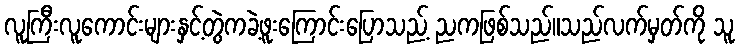
လူကြီးလူကောင်းများနှင့်တွဲကခဲ့ဖူးကြောင်းပြောသည့် ညကဖြစ်သည်။သည်လက်မှတ်ကို သူ